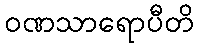
ဝဏသာရောပီတိ